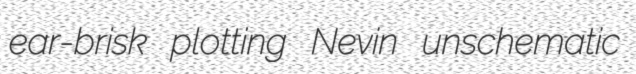
ear-brisk plotting Nevin unschematic